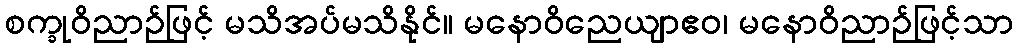
စက္ခုဝိညာဉ်ဖြင့် မသိအပ်မသိနိုင်။ မနောဝိညေယျာဧဝ၊ မနောဝိညာဉ်ဖြင့်သာ